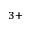
^ { 3 + }